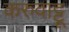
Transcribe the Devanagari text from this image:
करुवाट्टू